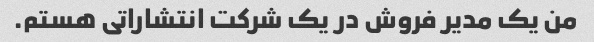
من یک مدیر فروش در یک شرکت انتشاراتی هستم.